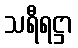
သရီရဋ္ဌာ